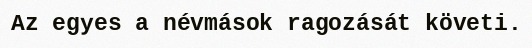
Az egyes a névmások ragozását követi.